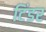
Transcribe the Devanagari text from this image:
टिंडर